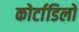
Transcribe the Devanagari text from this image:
कोर्टाडिलो